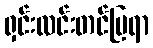
ရှင်းလင်းတင်ပြရာ